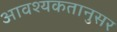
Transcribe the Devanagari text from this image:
आवश्यकतानुसर